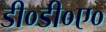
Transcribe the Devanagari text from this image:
डी०डी०ए०